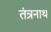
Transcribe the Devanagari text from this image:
तंंत्रनाथ